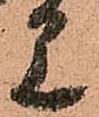
見